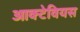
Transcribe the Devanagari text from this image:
आक्टेवियस